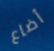
أضاع